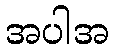
အပါအ